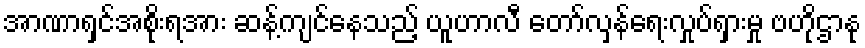
အာဏာရှင်အစိုးရအား ဆန့်ကျင်နေသည့် ယူဟာလီ တော်လှန်ရေးလှုပ်ရှားမှု ဗဟိုဌာနု